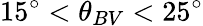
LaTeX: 15^{\circ}<\theta_{BV}<25^{\circ}